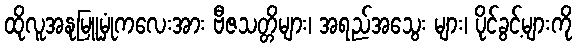
ထိုလူအနုမြူမှုံကလေးအား ဗီဇသတ္တိများ၊ အရည်အသွေး များ၊ ပိုင်ခွင့်များကို